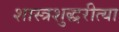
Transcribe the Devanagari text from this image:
शास्त्रशुद्धरीत्या